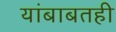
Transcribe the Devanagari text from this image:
यांबाबतही